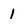
Character: 1